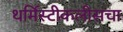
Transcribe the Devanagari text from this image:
थर्मिस्टीकलीसचा